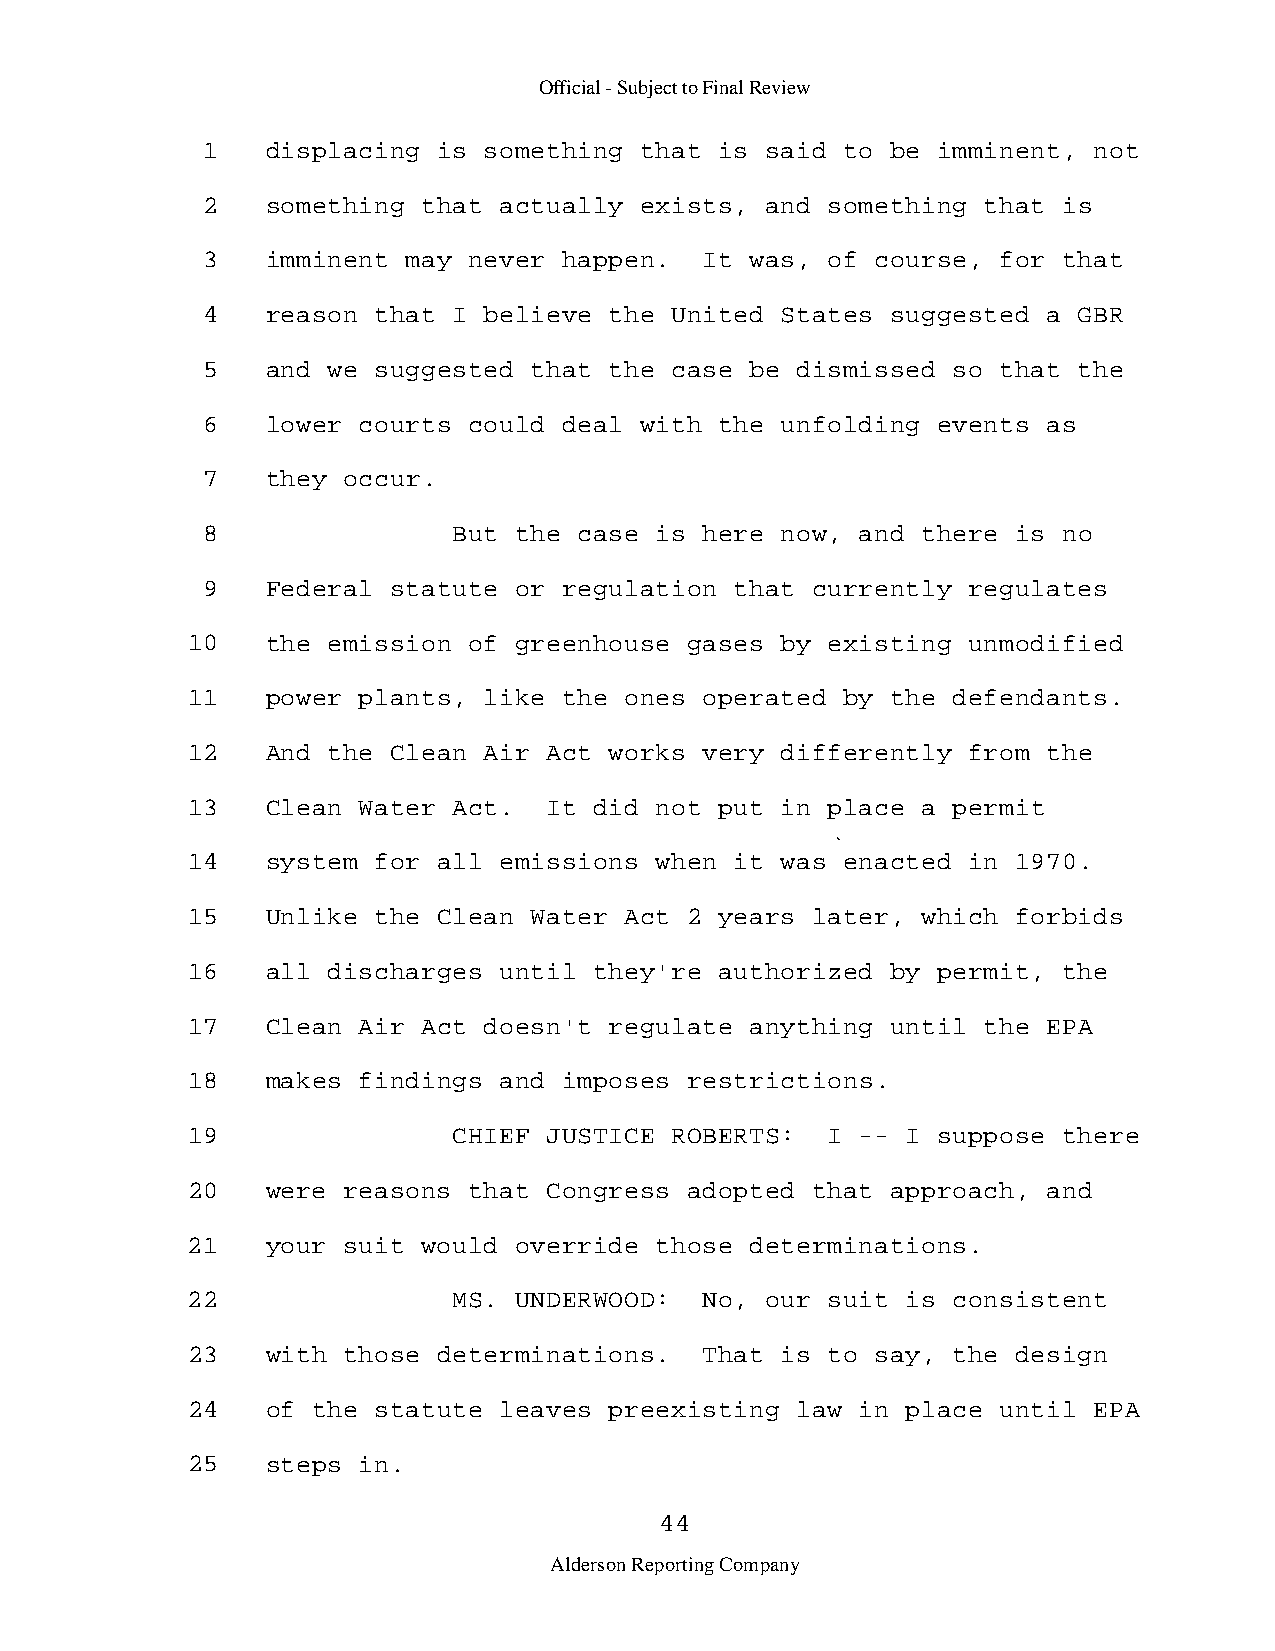
Official - Subject to Final Review
 1    displacing is something that  is said to be imminent, not
 2    something that actually exists,  and something that is
 3    imminent may never happen.   It was, of course, for that
 4    reason that I believe the United  States suggested a GBR
 5    and we suggested that the case  be dismissed so that the
 6    lower courts could deal with  the unfolding events as
 7    they occur.
 8                But the case is  here now, and there is no
 9    Federal statute or regulation  that currently regulates
 10    the emission of greenhouse  gases by existing unmodified
 11    power plants, like the ones  operated by the defendants.
 12    And the Clean Air Act works  very differently from the
 13    Clean Water Act.  It did not  put in place a permit
 14    system for all emissions when  it was enacted in 1970.
 15    Unlike the Clean Water Act  2 years later, which forbids
 16    all discharges until they're  authorized by permit, the
 17    Clean Air Act doesn't regulate  anything until the EPA
 18    makes findings and imposes  restrictions.
 19                CHIEF JUSTICE ROBERTS:   I -- I suppose there
 20    were reasons that Congress  adopted that approach, and
 21    your suit would override those  determinations.
 22                MS. UNDERWOOD:   No, our suit is consistent
 23    with those determinations.   That is to say, the design
 24    of the statute leaves preexisting  law in place until EPA
 25    steps in.
 44
 Alderson Reporting Company